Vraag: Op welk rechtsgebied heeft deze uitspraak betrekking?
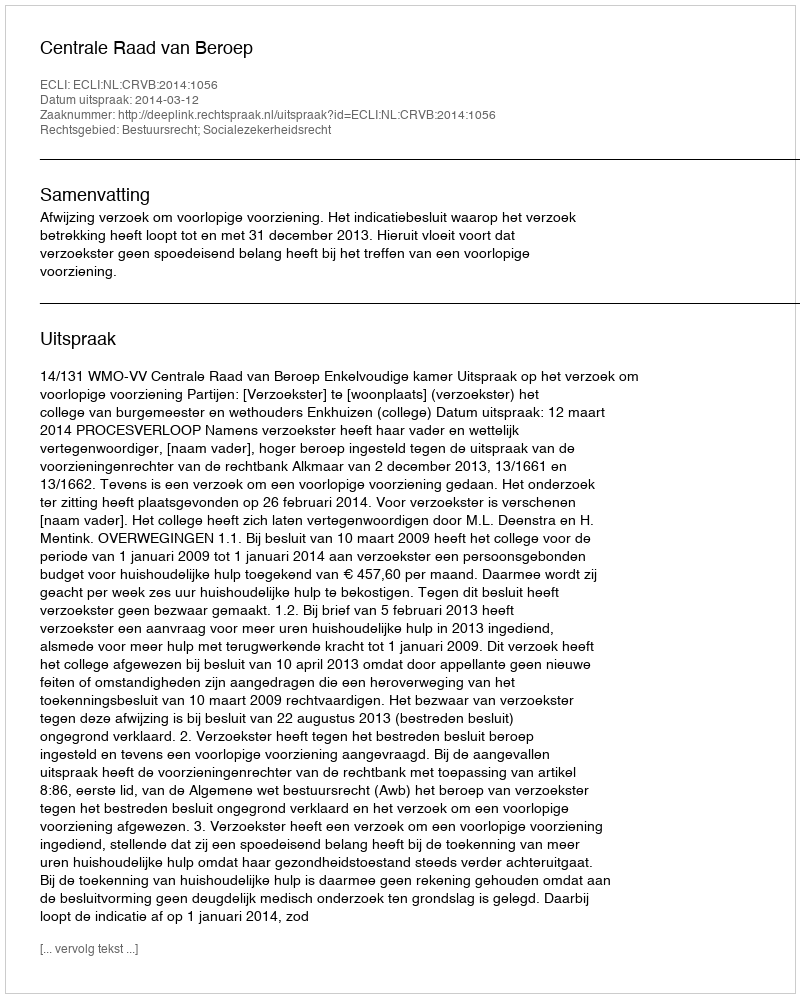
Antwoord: Bestuursrecht; Socialezekerheidsrecht